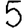
Digit: 5